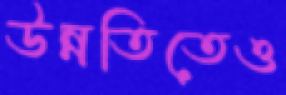
উন্নতিতেও